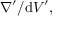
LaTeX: \nabla ^ { \prime } / \mathrm { d } V ^ { \prime } ,